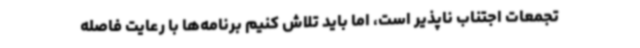
تجمعات اجتناب ناپذیر است، اما باید تلاش کنیم برنامه‌ها با رعایت فاصله